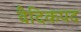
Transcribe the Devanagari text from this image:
वैदिकपद